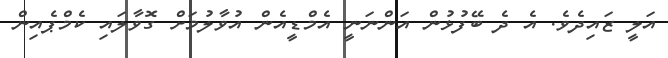
އަލީ ޒައިދެވެ. އެ ދެ ބޭފުޅުން އަންނަނީ އެމްޑީއެން އުވާލުމަށް ގޮވާލައި ކެމްޕެއިން